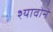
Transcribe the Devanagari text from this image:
श्यावोने